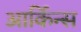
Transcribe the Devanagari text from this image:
आर्किन्स